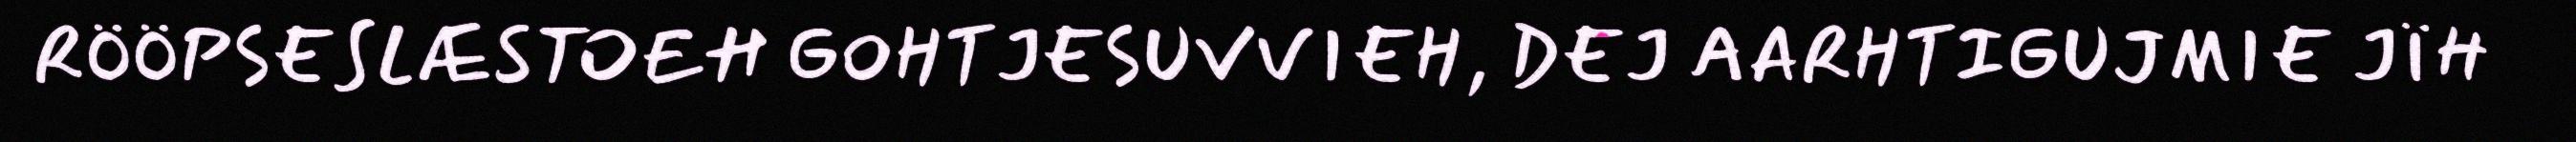
RÖÖPSESLÆSTOEH GOHTJESUVVIEH, DEJ AARHTIGUJMIE JÏH